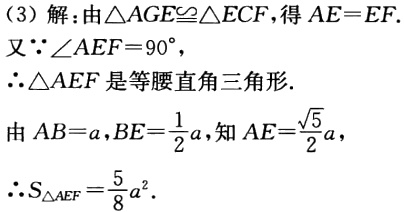
(3) 解: 由$\triangle AGE\cong \triangle ECF$, 得$AE = EF$.
又$\because \angle AEF = 90^{\circ}$,
$\therefore \triangle AEF$是等腰直角三角形.
由$AB = a, BE=\frac{1}{2}a$, 知$AE = \frac{\sqrt{5}}{2}a$,
$\therefore S_{\triangle AEF}=\frac{5}{8}a^{2}$.